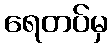
ရေတပ်မှ